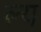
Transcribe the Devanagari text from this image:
ल्य